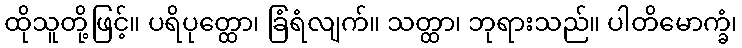
ထိုသူတို့ဖြင့်။ ပရိပုတ္ထော၊ ခြံရံလျက်။ သတ္ထာ၊ ဘုရားသည်။ ပါတိမောက္ခံ၊